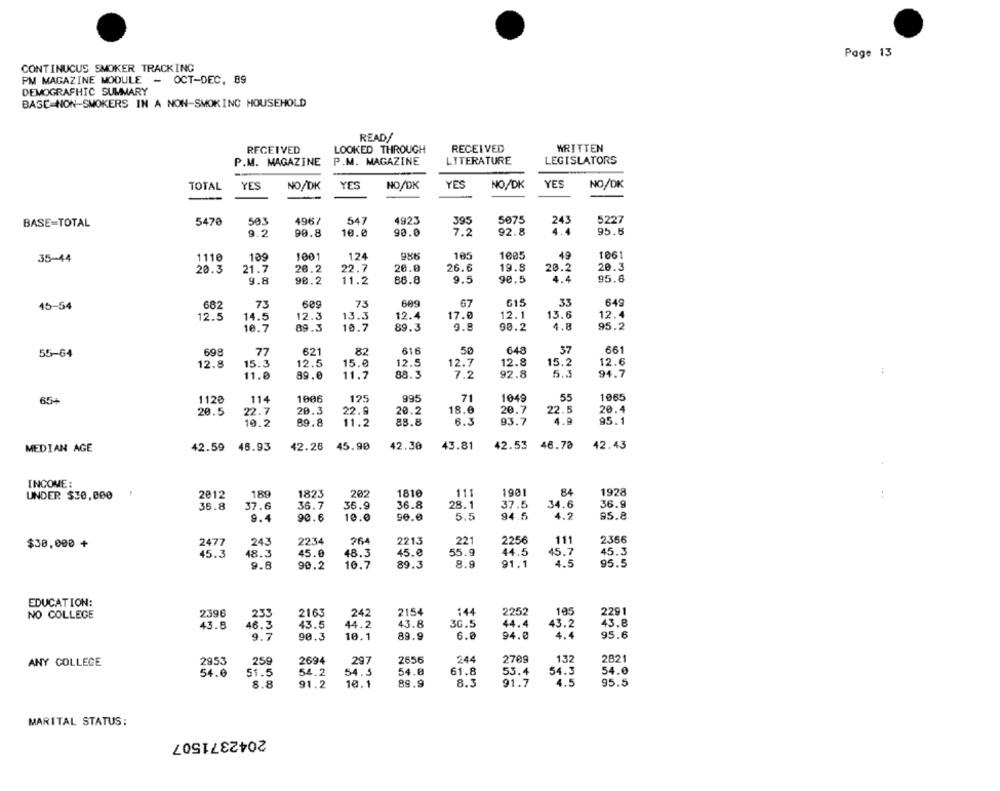
Page 13
CONTINUCUS SMOKER TRACKING
PM MAGAZINE MODULE
OCT-DEC. 89
DEMOGRAPHIC SUMMARY
BASE NON-SMOKERS IN A NON-SMOKING HOUSEHOLD
READ/
RECEIVED
LOOKED THROUGH
RECEIVED
WRITTEN
P.M. MAGAZINE
P.M. MAGAZINE
LITERATURE
LEGISLATORS
TOTAL
YES
NO/DK
YES
NO/DK
YES
NO/DK
YES
NO/DK
5470
503
4967
547
4923
395
5075
5227
BASE=TOTAL
243
9.2
90.8
10.0
90.0
7.2
92.8
4.4
95.5
49
1061
35-44
1110
109
1001
124
986
105
1005
20.3
21.7
20.2
22.7
20.0
26.6
19.8
20.3
20.2
4.4
9.8
90.2
11.2
88.8
9.5
90.5
95.6
67
615
33
649
45-54
682
73
609
73
609
12.5
12.4
17.8
12.1
13.6
12.4
14.5
12.3
13.3
10.7
89.3
10.7
89.3
9.8
90.2
4.8
95.2
55-64
698
77
621
82
616
50
648
661
12.8
15.3
12.5
15.0
12.5
12.7
12.8
15.2
12.6
5.3
11.0
89.0
11.7
88.3
7.2
92.8
94.7
55
65+
1120
114
1006
125
995
71
1049
1065
20.5
20.3
22.9
20.2
18.0
20.7
22.5
20.4
22.7
19.2
89.8
11.2
88.8
6.3
93.7
4.9
95.1
MEDIAN AGE
42.59
46.93
42.28
45.90
42.30
43.81
42.53
46.70
42.43
INCOME:
84
UNDER $30,000
2012
189
1823
202
1810
111
1901
1928
36.8
37.6
36.9
36.8
28.1
37.5
34.6
36.9
36.7
9.4
90.6
10.0
96.0
5.5
94.5
4.2
95.8
111
$30,000 +
2477
243
2234
264
2213
221
2256
2366
45.3
48.3
45.0
48.3
45.0
55.9
44.5
45.7
45.3
8.9
9.8
90.2
10.7
89.3
91.1
4.5
95.5
EDUCATION:
195
NO COLLEGE
2396
233
2163
242
2154
144
2252
2291
43.8
43.5
44.2
43.8
30.5
44.4
43.2
43.8
46.3
9.7
90.3
10.1
89.9
6.0
94.0
4.4
95.6
2821
ANY COLLEGE
2953
259
2694
297
2656
244
2709
132
54.0
51.5
54.2
54.5
54.0
61.8
53.4
54.3
54.0
8.8
91.2
10.1
89.9
8.3
91.7
95.5
MARITAL STATUS:
2042371507